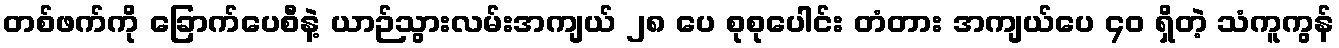
တစ်ဖက်ကို ခြောက်ပေစီနဲ့ ယာဉ်သွားလမ်းအကျယ် ၂၈ ပေ စုစုပေါင်း တံတား အကျယ်ပေ ၄၀ ရှိတဲ့ သံကူကွန်